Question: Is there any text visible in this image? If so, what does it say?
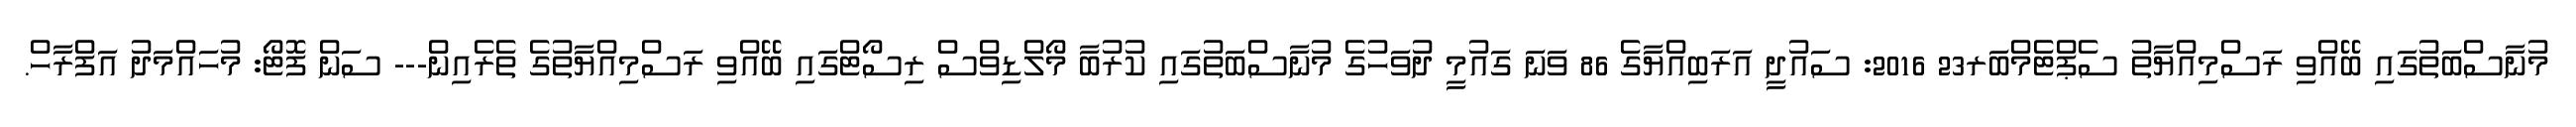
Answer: މުނާސްބަތުގައި ބޭއްވި ރަސްމިއްޔާތު ސެޕްޓެމްބަރ23 2016: ސައުދީ އަރަބިއްޔާގެ 86 ވަނަ ގައުމީ ދުވަހުގެ މުނާސްބަތުގައި ކުރުބާ މޯލްޑިވްސް ރިސޯޓްގައި ބޭއްވި ރަސްމިއްޔާތުގެ ތެރެއިން--- ސަން ފޮޓޯ: މުހައްމަދު އަފްރާހް.